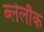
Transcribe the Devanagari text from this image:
ब्लेलौक